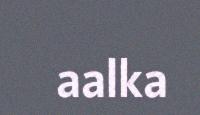
aalka